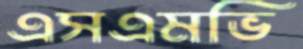
এসএমভি